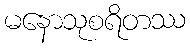
မနောသုစရိတဿ